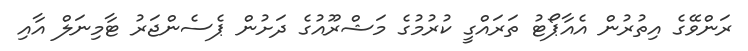
ރަންވޭގެ އިތުރުން އެއާޕޯޓު ތަރައްގީ ކުރުމުގެ މަޝްރޫއުގެ ދަށުން ޕެސެންޖަރު ޓާމިނަލް އާއި